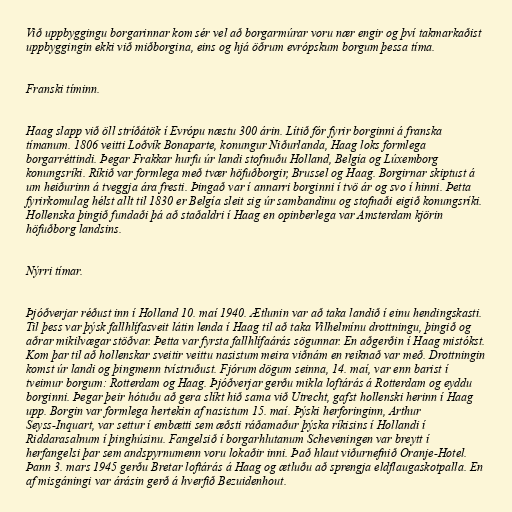
Við uppbyggingu borgarinnar kom sér vel að borgarmúrar voru nær engir og því takmarkaðist
uppbyggingin ekki við miðborgina, eins og hjá öðrum evrópskum borgum þessa tíma.

Franski tíminn.

Haag slapp við öll stríðátök í Evrópu næstu 300 árin. Lítið fór fyrir borginni á franska
tímanum. 1806 veitti Loðvík Bonaparte, konungur Niðurlanda, Haag loks formlega
borgarréttindi. Þegar Frakkar hurfu úr landi stofnuðu Holland, Belgía og Lúxemborg
konungsríki. Ríkið var formlega með tvær höfuðborgir, Brussel og Haag. Borgirnar skiptust á
um heiðurinn á tveggja ára fresti. Þingað var í annarri borginni í tvö ár og svo í hinni. Þetta
fyrirkomulag hélst allt til 1830 er Belgía sleit sig úr sambandinu og stofnaði eigið konungsríki.
Hollenska þingið fundaði þá að staðaldri í Haag en opinberlega var Amsterdam kjörin
höfuðborg landsins.

Nýrri tímar.

Þjóðverjar réðust inn í Holland 10. maí 1940. Ætlunin var að taka landið í einu hendingskasti.
Til þess var þýsk fallhlífasveit látin lenda í Haag til að taka Vilhelmínu drottningu, þingið og
aðrar mikilvægar stöðvar. Þetta var fyrsta fallhlífaárás sögunnar. En aðgerðin í Haag mistókst.
Kom þar til að hollenskar sveitir veittu nasistum meira viðnám en reiknað var með. Drottningin
komst úr landi og þingmenn tvístruðust. Fjórum dögum seinna, 14. maí, var enn barist í
tveimur borgum: Rotterdam og Haag. Þjóðverjar gerðu mikla loftárás á Rotterdam og eyddu
borginni. Þegar þeir hótuðu að gera slíkt hið sama við Utrecht, gafst hollenski herinn í Haag
upp. Borgin var formlega hertekin af nasistum 15. maí. Þýski herforinginn, Arthur
Seyss-Inquart, var settur í embætti sem æðsti ráðamaður þýska ríkisins í Hollandi í
Riddarasalnum í þinghúsinu. Fangelsið í borgarhlutanum Scheveningen var breytt í
herfangelsi þar sem andspyrnumenn voru lokaðir inni. Það hlaut viðurnefnið Oranje-Hotel.
Þann 3. mars 1945 gerðu Bretar loftárás á Haag og ætluðu að sprengja eldflaugaskotpalla. En
af misgáningi var árásin gerð á hverfið Bezuidenhout.